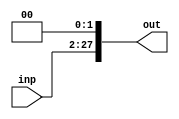
module Shifter26(input [25:0] inp , output [27:0] out);
		
		assign out = {inp, 2'b0} ;

endmodule